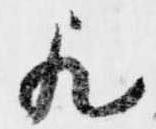
歟